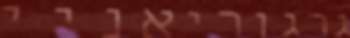
גרגוריאניי